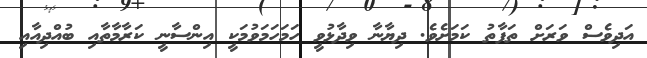
އަދިވެސް ވަރަށް ތަފާތު ކަމަށެވެ. ދިޔާނާ ވިދާޅުވީ ހަމަހަމަވުމަކީ އިންސާނީ ކަރާމާތާއި ބުއްދިއާއި